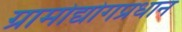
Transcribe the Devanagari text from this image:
ग्रामोद्योगप्रधान